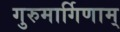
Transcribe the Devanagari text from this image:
गुरुमार्गिणाम्